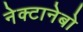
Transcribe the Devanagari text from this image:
नेक्टानेबो